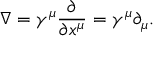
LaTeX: \nabla = \gamma ^ { \mu } { \frac { \partial } { \partial x ^ { \mu } } } = \gamma ^ { \mu } \partial _ { \mu } .